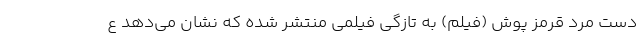
دست مرد قرمز پوش (فیلم) به تازگی فیلمی منتشر شده که نشان می‌دهد ع